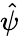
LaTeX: \hat{\psi}